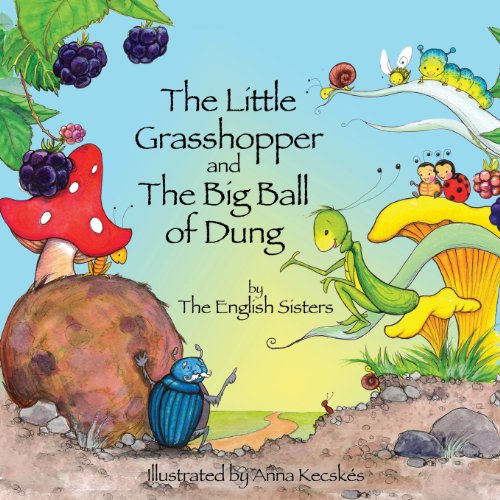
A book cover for Story Time for Kids with Nlp by the English Sisters: The Little Grasshopper and the Big Ball of Dung; Violeta Zuggo; Self-Help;